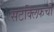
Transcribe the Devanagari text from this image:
सटक्लिफची